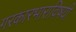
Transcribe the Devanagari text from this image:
गरकारभाराविषयी